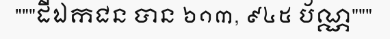
"""ដីឯកជន បាន ៦១៣, ៩៤៥ ប័ណ្ណ"""